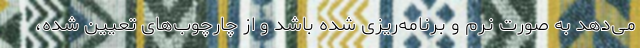
می‌دهد به صورت نرم و برنامه‌ریزی شده باشد و از چارچوب‌های تعیین شده،